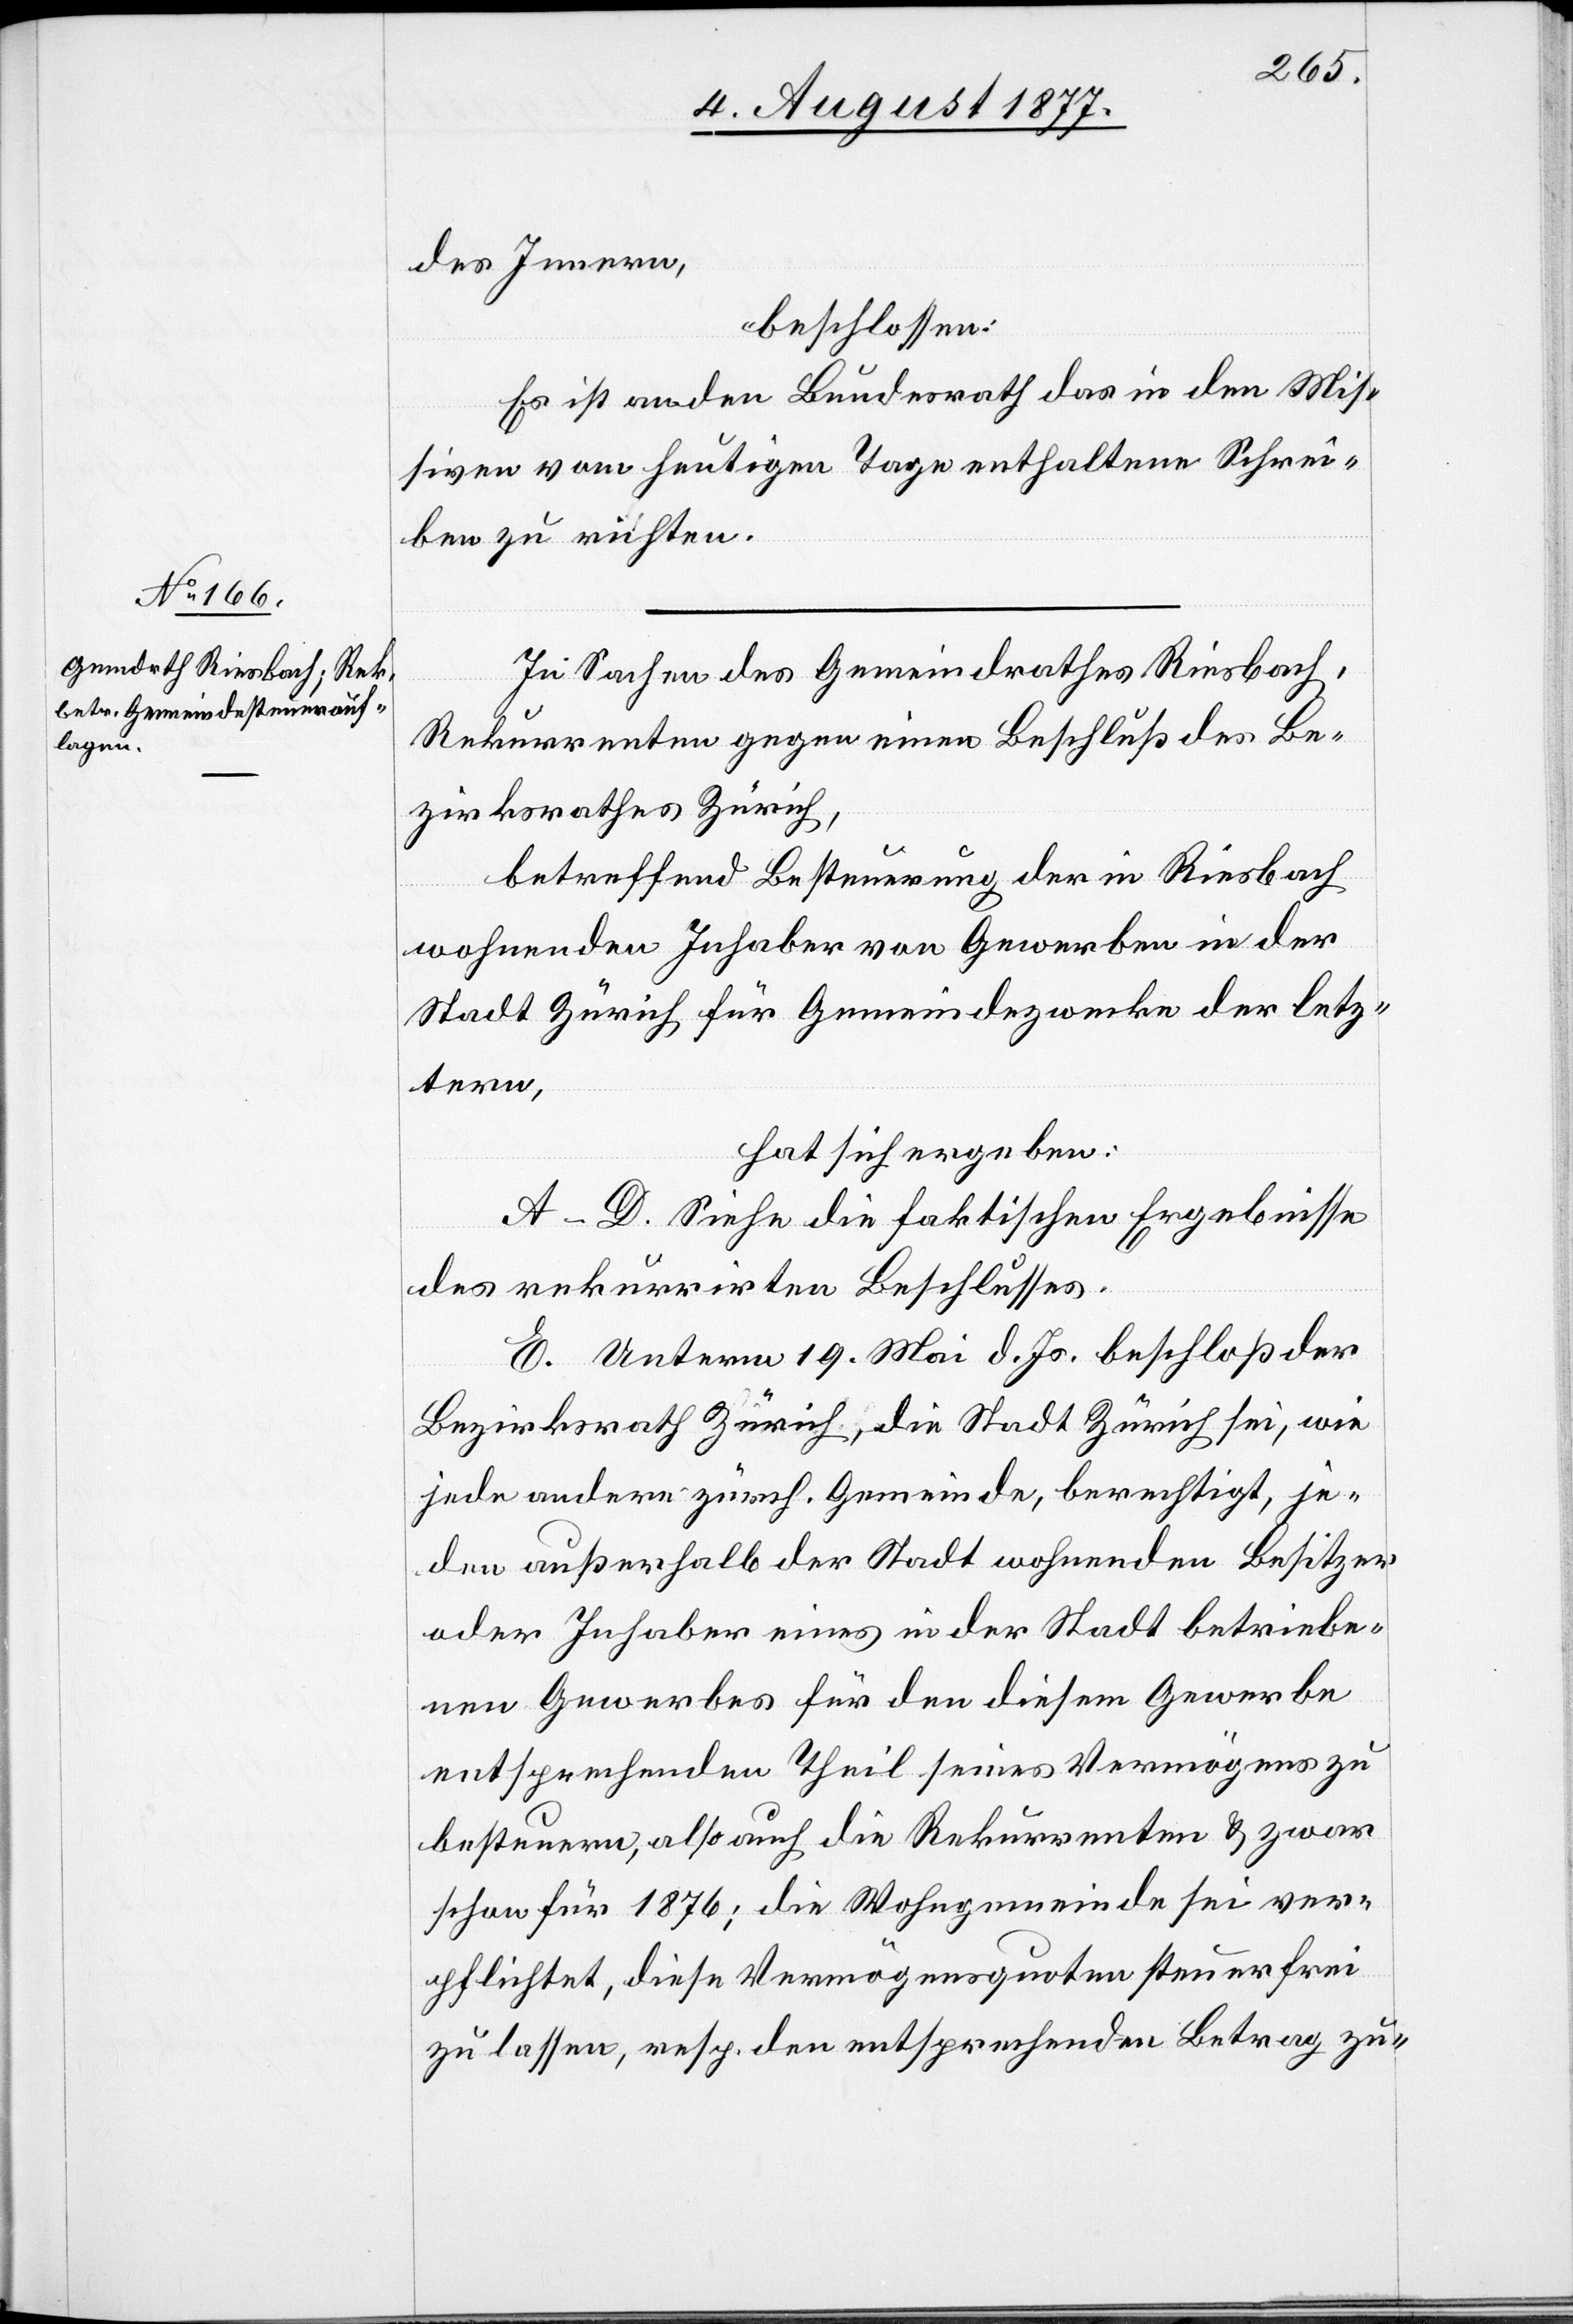
des Innern,
beschlossen:
Es ist an den Bundesrath das in den Mis¬
siven vom heutigen Tage enthaltene Schrei¬
ben zu richten.
In Sachen des Gemeindrathes Riesbach,
Rekurrenten gegen einen Beschluß des Be¬
zirksrathes Zürich,
betreffend Besteuerung der in Riesbach
wohnenden Inhaber von Gewerben in der
Stadt Zürich für Gemeindezwecke der letz¬
tern,
hat sich ergeben:
A–D. Siehe die faktischen Ergebnisse
des rekurrirten Beschlusses.
E. Unterm 19. Mai d. Js. beschloß der
Bezirksrath Zürich, die Stadt Zürich sei, wie
jede andere zürch. Gemeinde, berechtigt, je¬
den außerhalb der Stadt wohnenden Besitzer
oder Inhaber eines in der Stadt betriebe¬
nen Gewerbes für den diesem Gewerbe
entsprechenden Theil seines Vermögens zu
besteuern, also auch die Rekurrenten & zwar
schon für 1876; die Wohngemeinde sei ver¬
pflichtet, diese Vermögensquoten steuerfrei
zu lassen, resp. den entsprechenden Betrag zu-